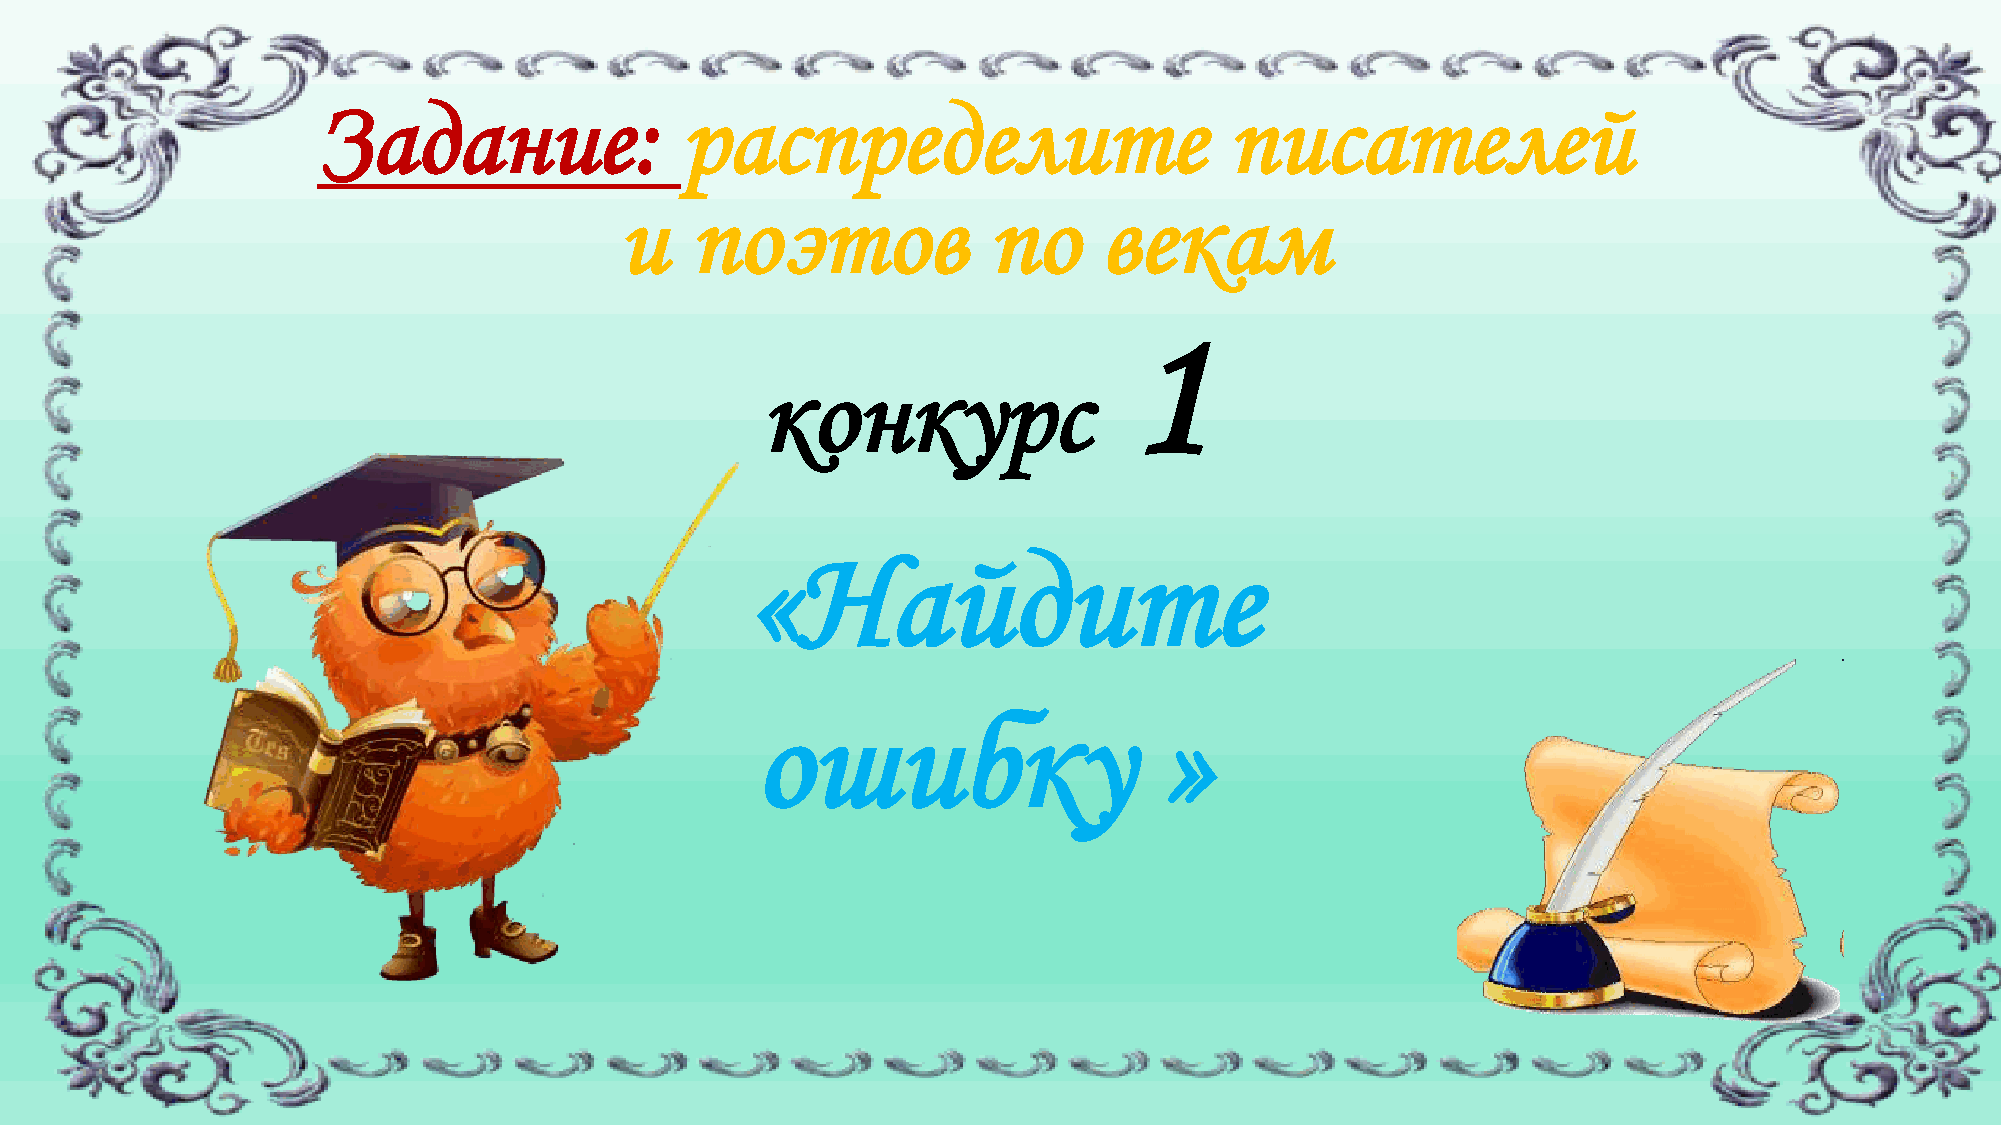
Задание:                распределите                        писателей
 и    поэтов             по      векам
 1
 конкурс
 «Найдите
 ошибку                     »